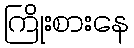
ကြိုးစားနေ